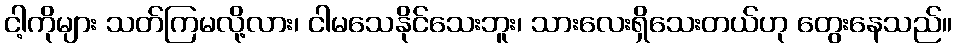
ငါ့ကိုများ သတ်ကြမလို့လား၊ ငါမသေနိုင်သေးဘူး၊ သားလေးရှိသေးတယ်ဟု တွေးနေသည်။